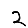
Digit: 2